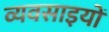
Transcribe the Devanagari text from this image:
व्यवसाइयों